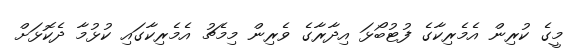
މީގެ ކުރިން އެމެރިކާގެ ފުޓުބޯޅަ އިދާރާގެ ވެރިން މިމެޗު އެމެރިކާގައި ކުޅުމާ ދެކޮޅަށް